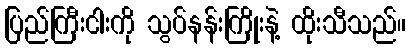
ပြည်ကြီးငါးကို သွပ်နန်းကြိုးနဲ့ ထိုးသီသည်။